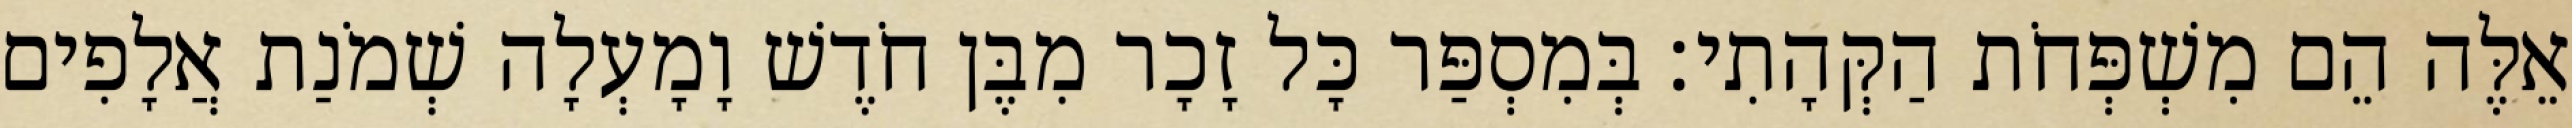
אֵלֶּה הֵם מִשְׁפְּחֹת הַקְּהָתִי׃ בְּמִסְפַּר כָּל זָכָר מִבֶּן חֹדֶשׁ וָמָעְלָה שְׁמֹנַת אֲלָפִים